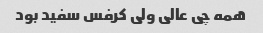
همه چی عالی ولی کرفس سفید بود